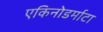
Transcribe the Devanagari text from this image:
एकिनोडर्माटा